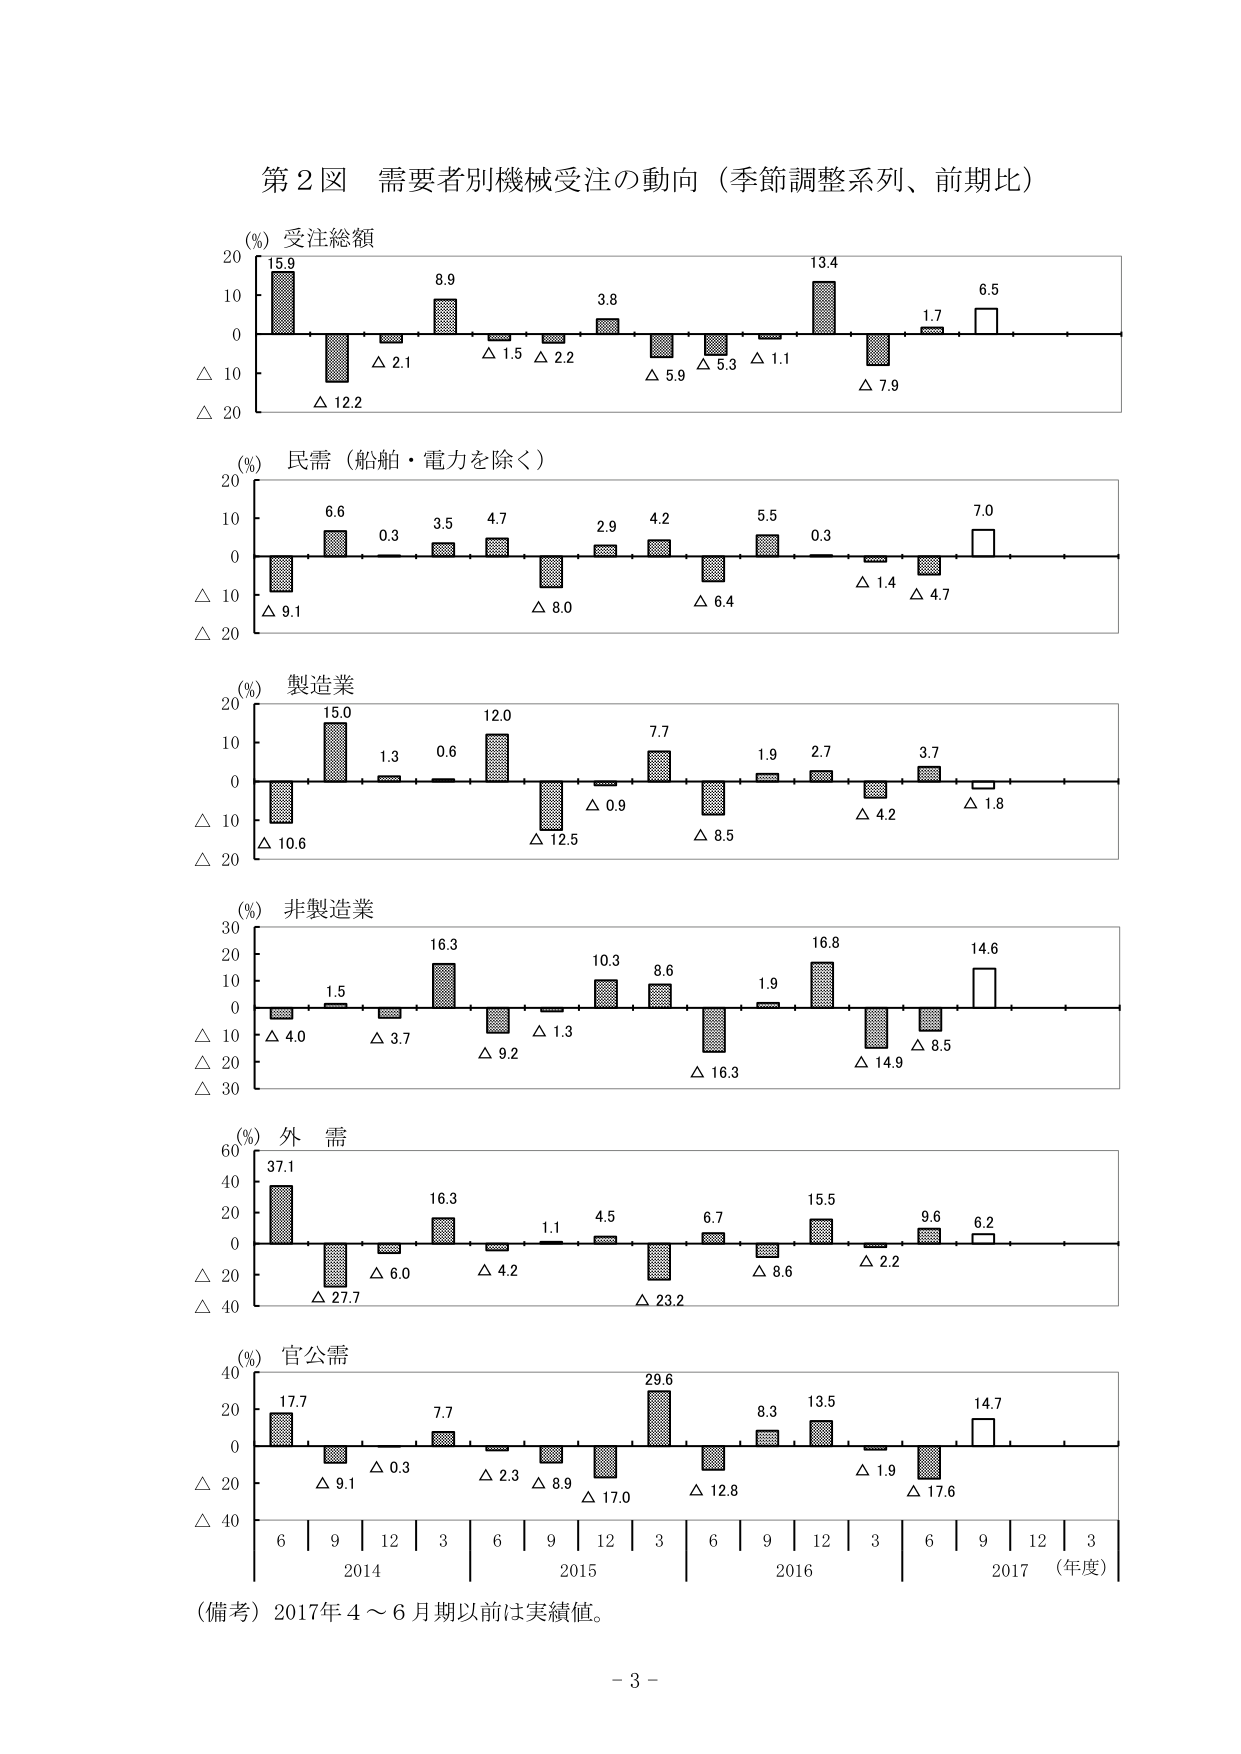
第２図 需要者別機械受注の動向（季節調整系列、前期比）

(%) 受注総額
20
10
0
△ 10
△ 20
15.9
8.9
3.8
13.4
6.5
△ 2.1
△ 1.5
△ 2.2
△ 5.9
△ 5.3
△ 1.1
△ 7.9
△ 12.2
1.7

(%) 民需（船舶・電力を除く）
20
10
0
△ 10
△ 20
6.6
0.3
3.5
4.7
2.9
4.2
5.5
0.3
7.0
△ 9.1
△ 8.0
△ 6.4
△ 1.4
△ 4.7

(%) 製造業
20
10
0
△ 10
△ 20
15.0
1.3
0.6
12.0
7.7
1.9
2.7
3.7
△ 10.6
△ 12.5
△ 0.9
△ 8.5
△ 4.2
△ 1.8

(%) 非製造業
30
20
10
0
△ 10
△ 20
△ 30
1.5
16.3
10.3
8.6
1.9
16.8
14.6
△ 4.0
△ 3.7
△ 9.2
△ 1.3
△ 16.3
△ 14.9
△ 8.5

(%) 外 需
60
40
20
0
△ 20
△ 40
37.1
16.3
1.1
4.5
6.7
15.5
9.6
6.2
△ 6.0
△ 4.2
△ 23.2
△ 8.6
△ 2.2
△ 27.7

(%) 官公需
40
20
0
△ 20
△ 40
17.7
7.7
29.6
8.3
13.5
14.7
△ 9.1
△ 0.3
△ 2.3
△ 8.9
△ 17.0
△ 12.8
△ 1.9
△ 17.6

6 | 9 | 12 | 3 | 6 | 9 | 12 | 3 | 6 | 9 | 12 | 3 | 6 | 9 | 12 | 3
2014 | 2015 | 2016 | 2017 （年度）

（備考）2017年４～６月期以前は実績値。

- 3 -